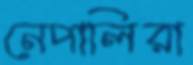
নেপালিরা